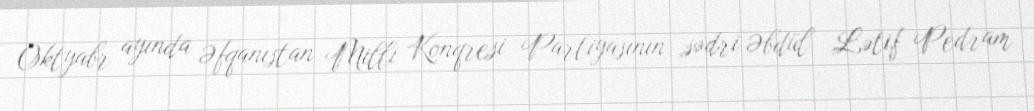
Oktyabr ayında Əfqanıstan Milli Konqresi Partiyasının sədri Əbdül Lətif Pedram